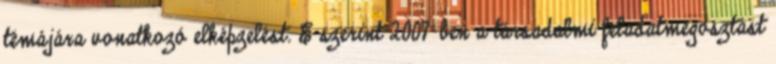
témájára vonatkozó elképzelést. E szerint 2007-ben a társadalmi feladatmegosztást